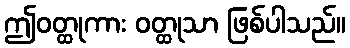
ဤဝတ္ထုကား ဝတ္ထုသာ ဖြစ်ပါသည်။